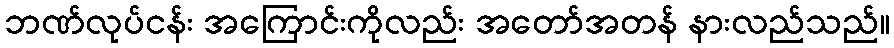
ဘဏ်လုပ်ငန်း အကြောင်းကိုလည်း အတော်အတန် နားလည်သည်။